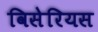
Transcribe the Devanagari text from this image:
विसेरियस